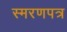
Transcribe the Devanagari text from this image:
स्मरणपत्र